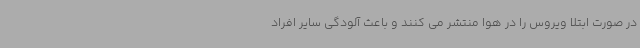
در صورت ابتلا ویروس را در هوا منتشر می کنند و باعث آلودگی سایر افراد